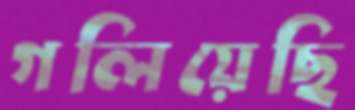
গলিয়েছি